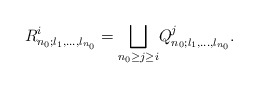
\begin{align*} R^i_{n_0;l_1,\ldots,l_{n_0}}=\underset{n_0\geq j\geq i} {\bigsqcup} Q^j_{n_0;l_1,\ldots,l_{n_0}}. \end{align*}